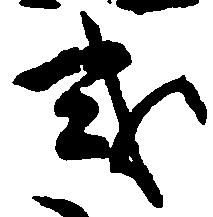
或